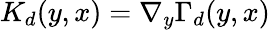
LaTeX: K_{d}(y,x)=\nabla_{y}\Gamma_{d}(y,x)